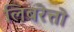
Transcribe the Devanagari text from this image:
लिबरेत्तो